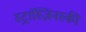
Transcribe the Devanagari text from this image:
स्ट्रांस्ज़िनस्की